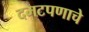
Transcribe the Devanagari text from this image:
दमटपणाचे